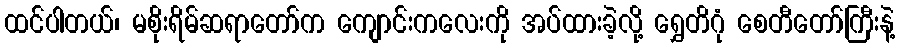
ထင်ပါတယ်၊ မစိုးရိမ်ဆရာတော်က ကျောင်းကလေးကို အပ်ထားခဲ့လို့ ရွှေတိဂုံ စေတီတော်ကြီးနဲ့